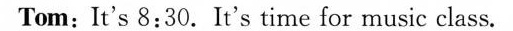
Tom:It's 8:30.It's time for music class.